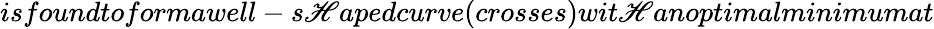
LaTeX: isfoundtoformawell-s\mathscr{H}apedcurve(crosses)wit\mathscr{H}anoptimalminimumat